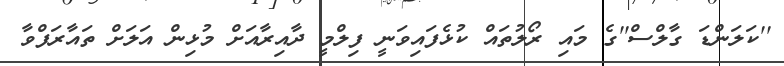
''ކަލަންޑަ ގާލްސް''ގެ މައި ރޯލުތައް ކުޅެފައިވަނީ ފިލްމީ ދާއިރާއަށް މުޅިން އަލަށް ތައާރަފްވާ